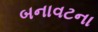
બનાવટના